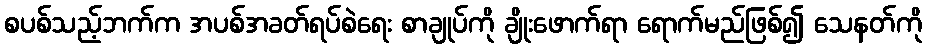
စပစ်သည့်ဘက်က အပစ်အခတ်ရပ်စဲရေး စာချုပ်ကို ချိုးဖောက်ရာ ရောက်မည်ဖြစ်၍ သေနတ်ကို